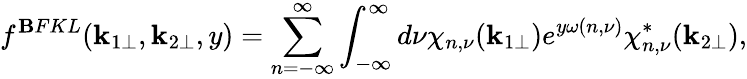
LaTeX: f^{\mathbf{B}FKL}(\mathbf{k}_{1\perp},\mathbf{k}_{2\perp},y)=\sum_{n=-\infty}^{\infty}\int_{-\infty}^{\infty}d\nu\chi_{n,\nu}(\mathbf{k}_{1\perp})e^{y\omega(n,\nu)}\chi_{n,\nu}^{*}(\mathbf{k}_{2\perp}),